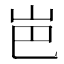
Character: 岜